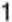
1